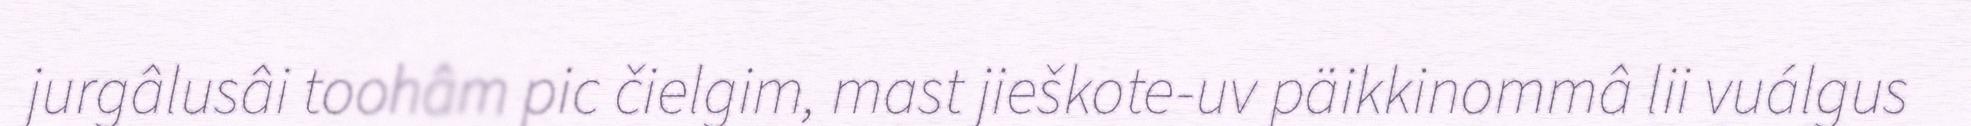
jurgâlusâi toohâm pic čielgim, mast jieškote-uv päikkinommâ lii vuálgus